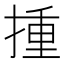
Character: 揰